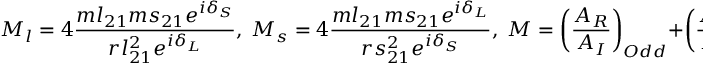
M _ { l } = 4 \frac { m l _ { 2 1 } m s _ { 2 1 } e ^ { i \delta _ { S } } } { r l _ { 2 1 } ^ { 2 } e ^ { i \delta _ { L } } } , \; M _ { s } = 4 \frac { m l _ { 2 1 } m s _ { 2 1 } e ^ { i \delta _ { L } } } { r s _ { 2 1 } ^ { 2 } e ^ { i \delta _ { S } } } , \; M = \left( \frac { A _ { R } } { A _ { I } } \right) _ { O d d } + \left( \frac { A _ { R } } { A _ { I } } \right) _ { E v e n }